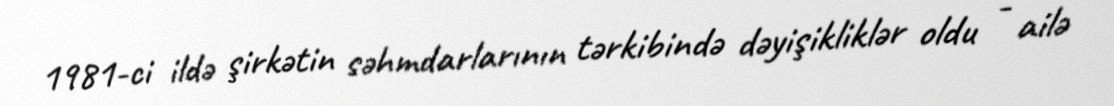
1981-ci ildə şirkətin səhmdarlarının tərkibində dəyişikliklər oldu - ailə